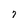
Character: 7